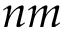
n m